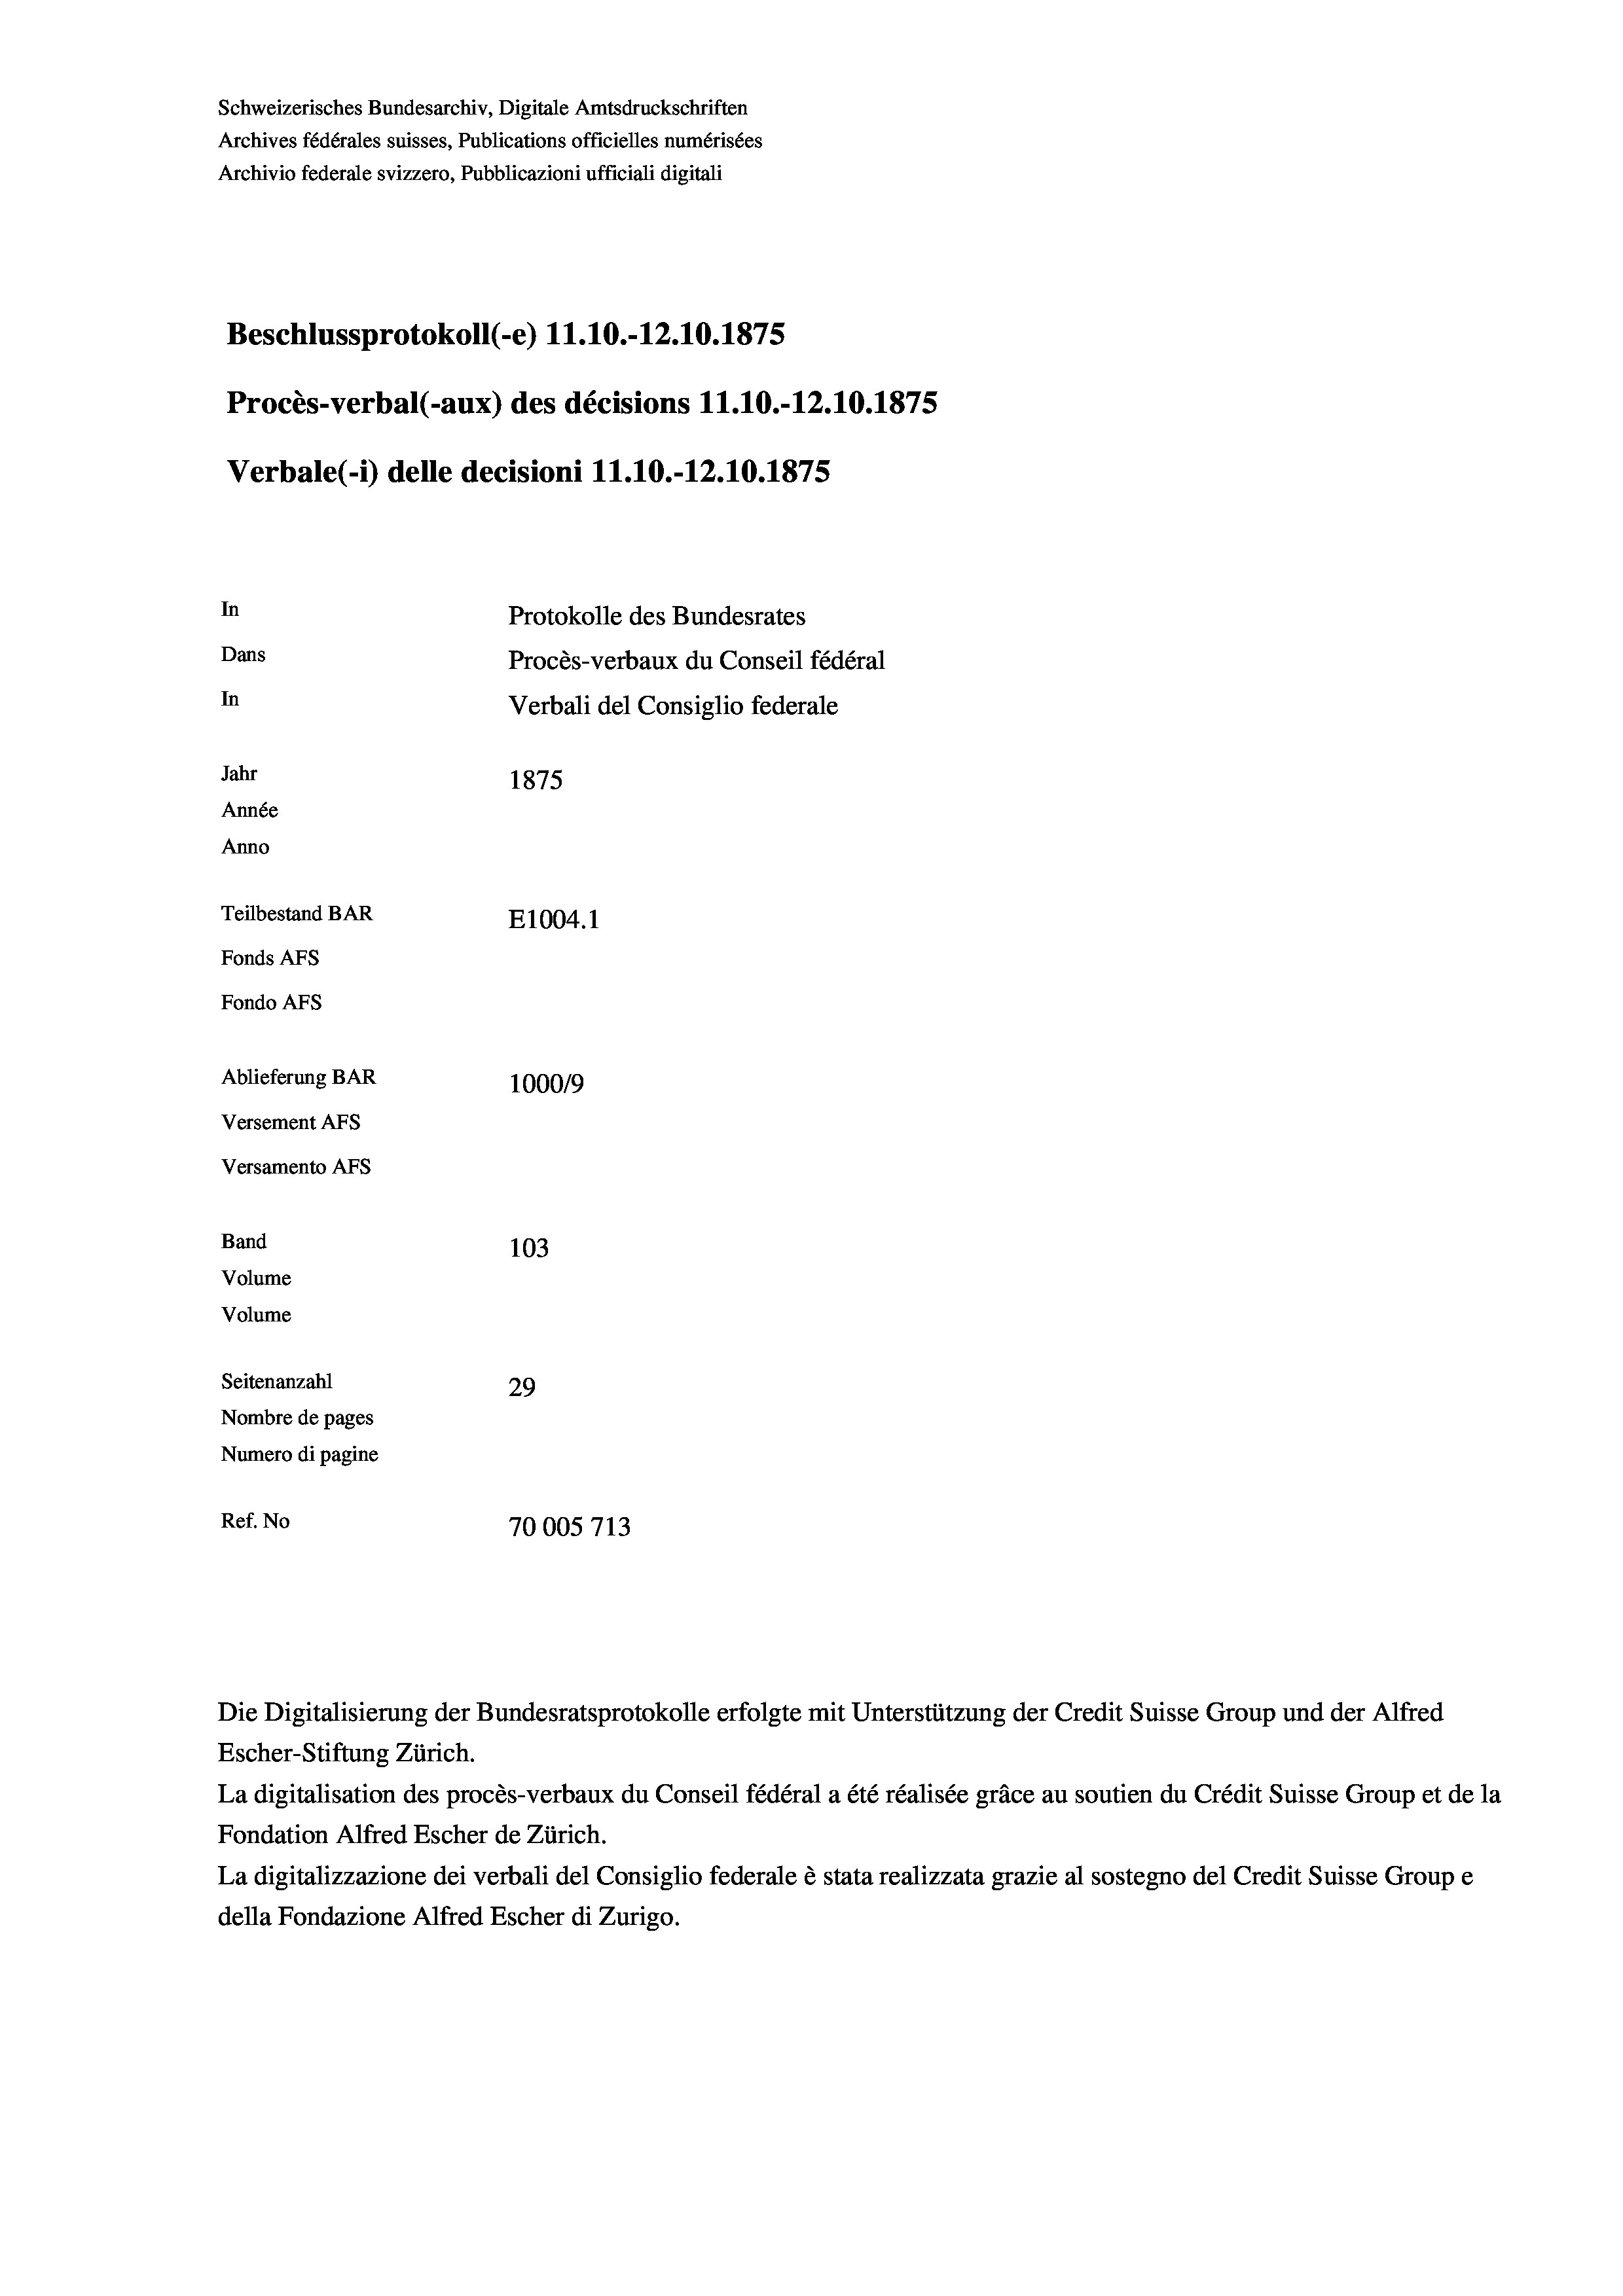
Schweizerisches Bundesarchiv, Digitale Amtsdruckschriften
Archives fédérales suisses, Publications officielles numérisées
Archivio federale svizzero, Pubblicazioni ufficiali digitali
Beschlussprotokoll (-e) 11.10.-12.10.1875
Procès-verbal (-aux) des décisions 11.10.-12.10.1875
Verbale(*) delle decisioni 11.10.-12.10.1875
In
Protokolle des Bundesrates
Dans
Procès-verbaux du Conseil fédéral
In
Verbali del Consiglio federale
Jahr
1875
Année
Anno
Teilbestand BAR
E1004. 1
Fonds AFs
Fondo AFS
Ablieferung BAR
100019
Versement AFs
Versamento Afs
Band
103
Volume
Volume
Seitenanzahl
29
Nombre de pages
Numero di pagine
Ref. No
70005713

Die Digitalisierung der Bundesratsprotokolle erfolgte mit Unterstützung der Credit Suisse Group und der Alfred
Escher-Stiftung Zürich.
La digitalisation des procès-verbaux du Conseil fédéral a été réalisée gräce au soutien du Crédit Suisse Group et de la
Fondation Alfred Escher de Zürich.
La digitalizzazione dei verbali del Consiglio federale è stata realizzata grazie al sostegno del Credit Suisse Groupe
della Fondazione Alfred Escher di Zurigo.